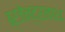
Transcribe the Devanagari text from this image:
ब्रजेन्द्रनाथ